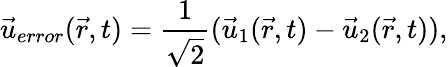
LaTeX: {{\vec{u}}_{error}}(\vec{r},t)=\frac{1}{\sqrt{2}}({{\vec{u}}_{1}}(\vec{r},t)-{{\vec{u}}_{2}}(\vec{r},t)),